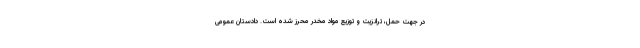
در جهت حمل، ترانزیت و توزیع مواد مخدر محرز شده است. دادستان عمومی